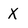
Character: X